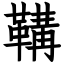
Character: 鞲